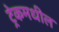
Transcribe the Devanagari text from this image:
ट्रेकमधील